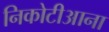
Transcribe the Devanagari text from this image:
निकोटीआना